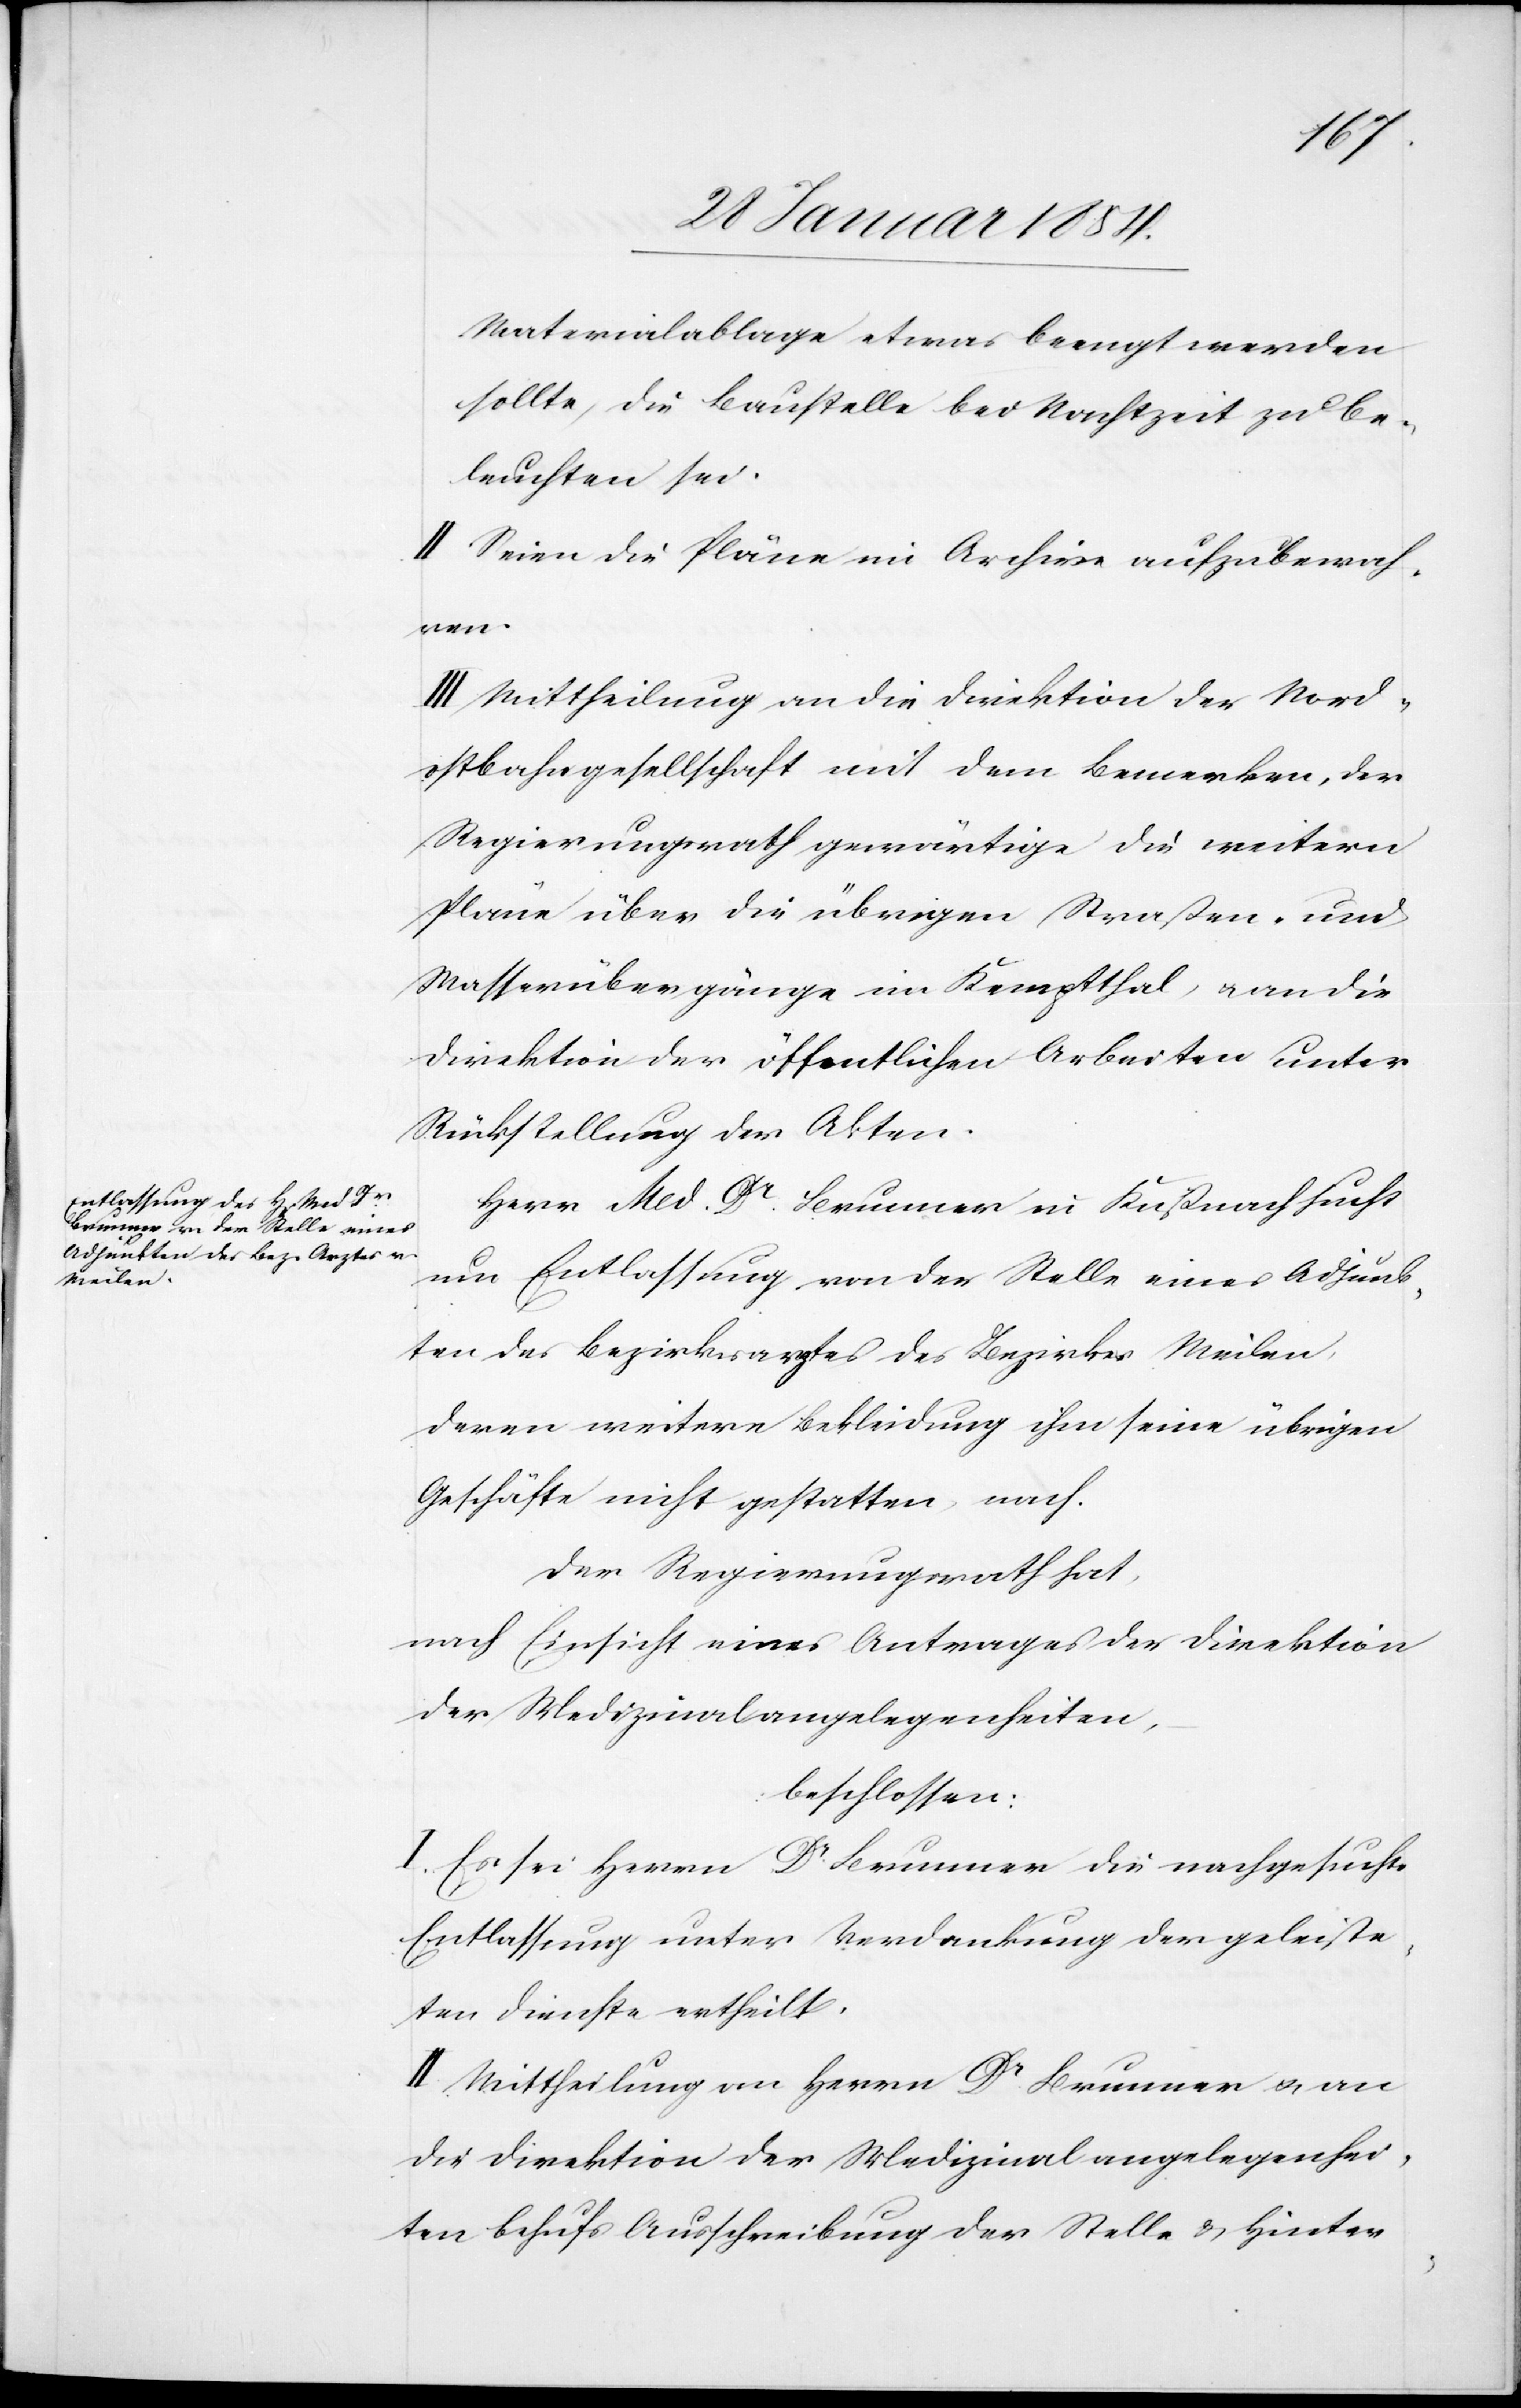
Materialablage etwas beengt werden
sollte, die Baustelle bei Nachtzeit zu be¬
leuchten sei.
II. Seien die Pläne im Archive aufzubewah¬
ren.
III. Mittheilung an die Direktion der Nord¬
ostbahngesellschaft mit dem Bemerken, der
Regierungsrath gewärtige die weiteren
Pläne über die übrigen Straßen- und
Wasserübergänge im Kemptthal, u. an die
Direktion der öffentlichen Arbeiten unter
Rückstellung der Akten.
Herr Med. Dr Brunner in Küßnacht sucht
um Entlassung von der Stelle eines Adjunk¬
ten des Bezirksarztes des Bezirkes Meilen,
deren weitere Bekleidung ihm seine übrigen
Geschäfte nicht gestatten, nach.
Der Regierungsrath hat,
nach Einsicht eines Antrages der Direktion
der Medizinalangelegenheiten,
beschlossen:
I. Es sei Herrn Dr Brunner die nachgesuchte
Entlassung unter Verdankung der geleiste¬
ten Dienste ertheilt.
II. Mittheilung an Herrn Dr Brunner u. an
die Direktion der Medizinalangelegenhei¬
ten behufs Ausschreibung der Stelle und Hinter-